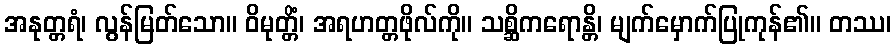
အနုတ္တရံ၊ လွန်မြတ်သော။ ဝိမုတ္တိံ၊ အရဟတ္တဖိုလ်ကို။ သစ္ဆိကရောန္တိ၊ မျက်မှောက်ပြုကုန်၏။ တဿ၊